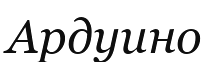
Ардуино